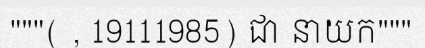
"""( , 19111985) ជា នាយក"""